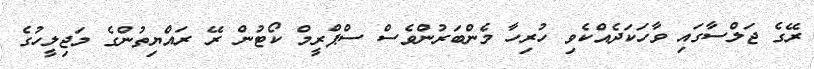
ރޭގެ ޖަލްސާގައި ވާހަކަދެއްކެވި ހުރިހާ މެންބަރުންވެސް ސްޕްރީމް ކޯޓުން ރޭ ރައްޔިތުންގެ މަޖިލީހުގެ